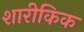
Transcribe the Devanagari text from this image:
शारीकिक